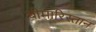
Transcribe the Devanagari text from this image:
बीमारिस्तान